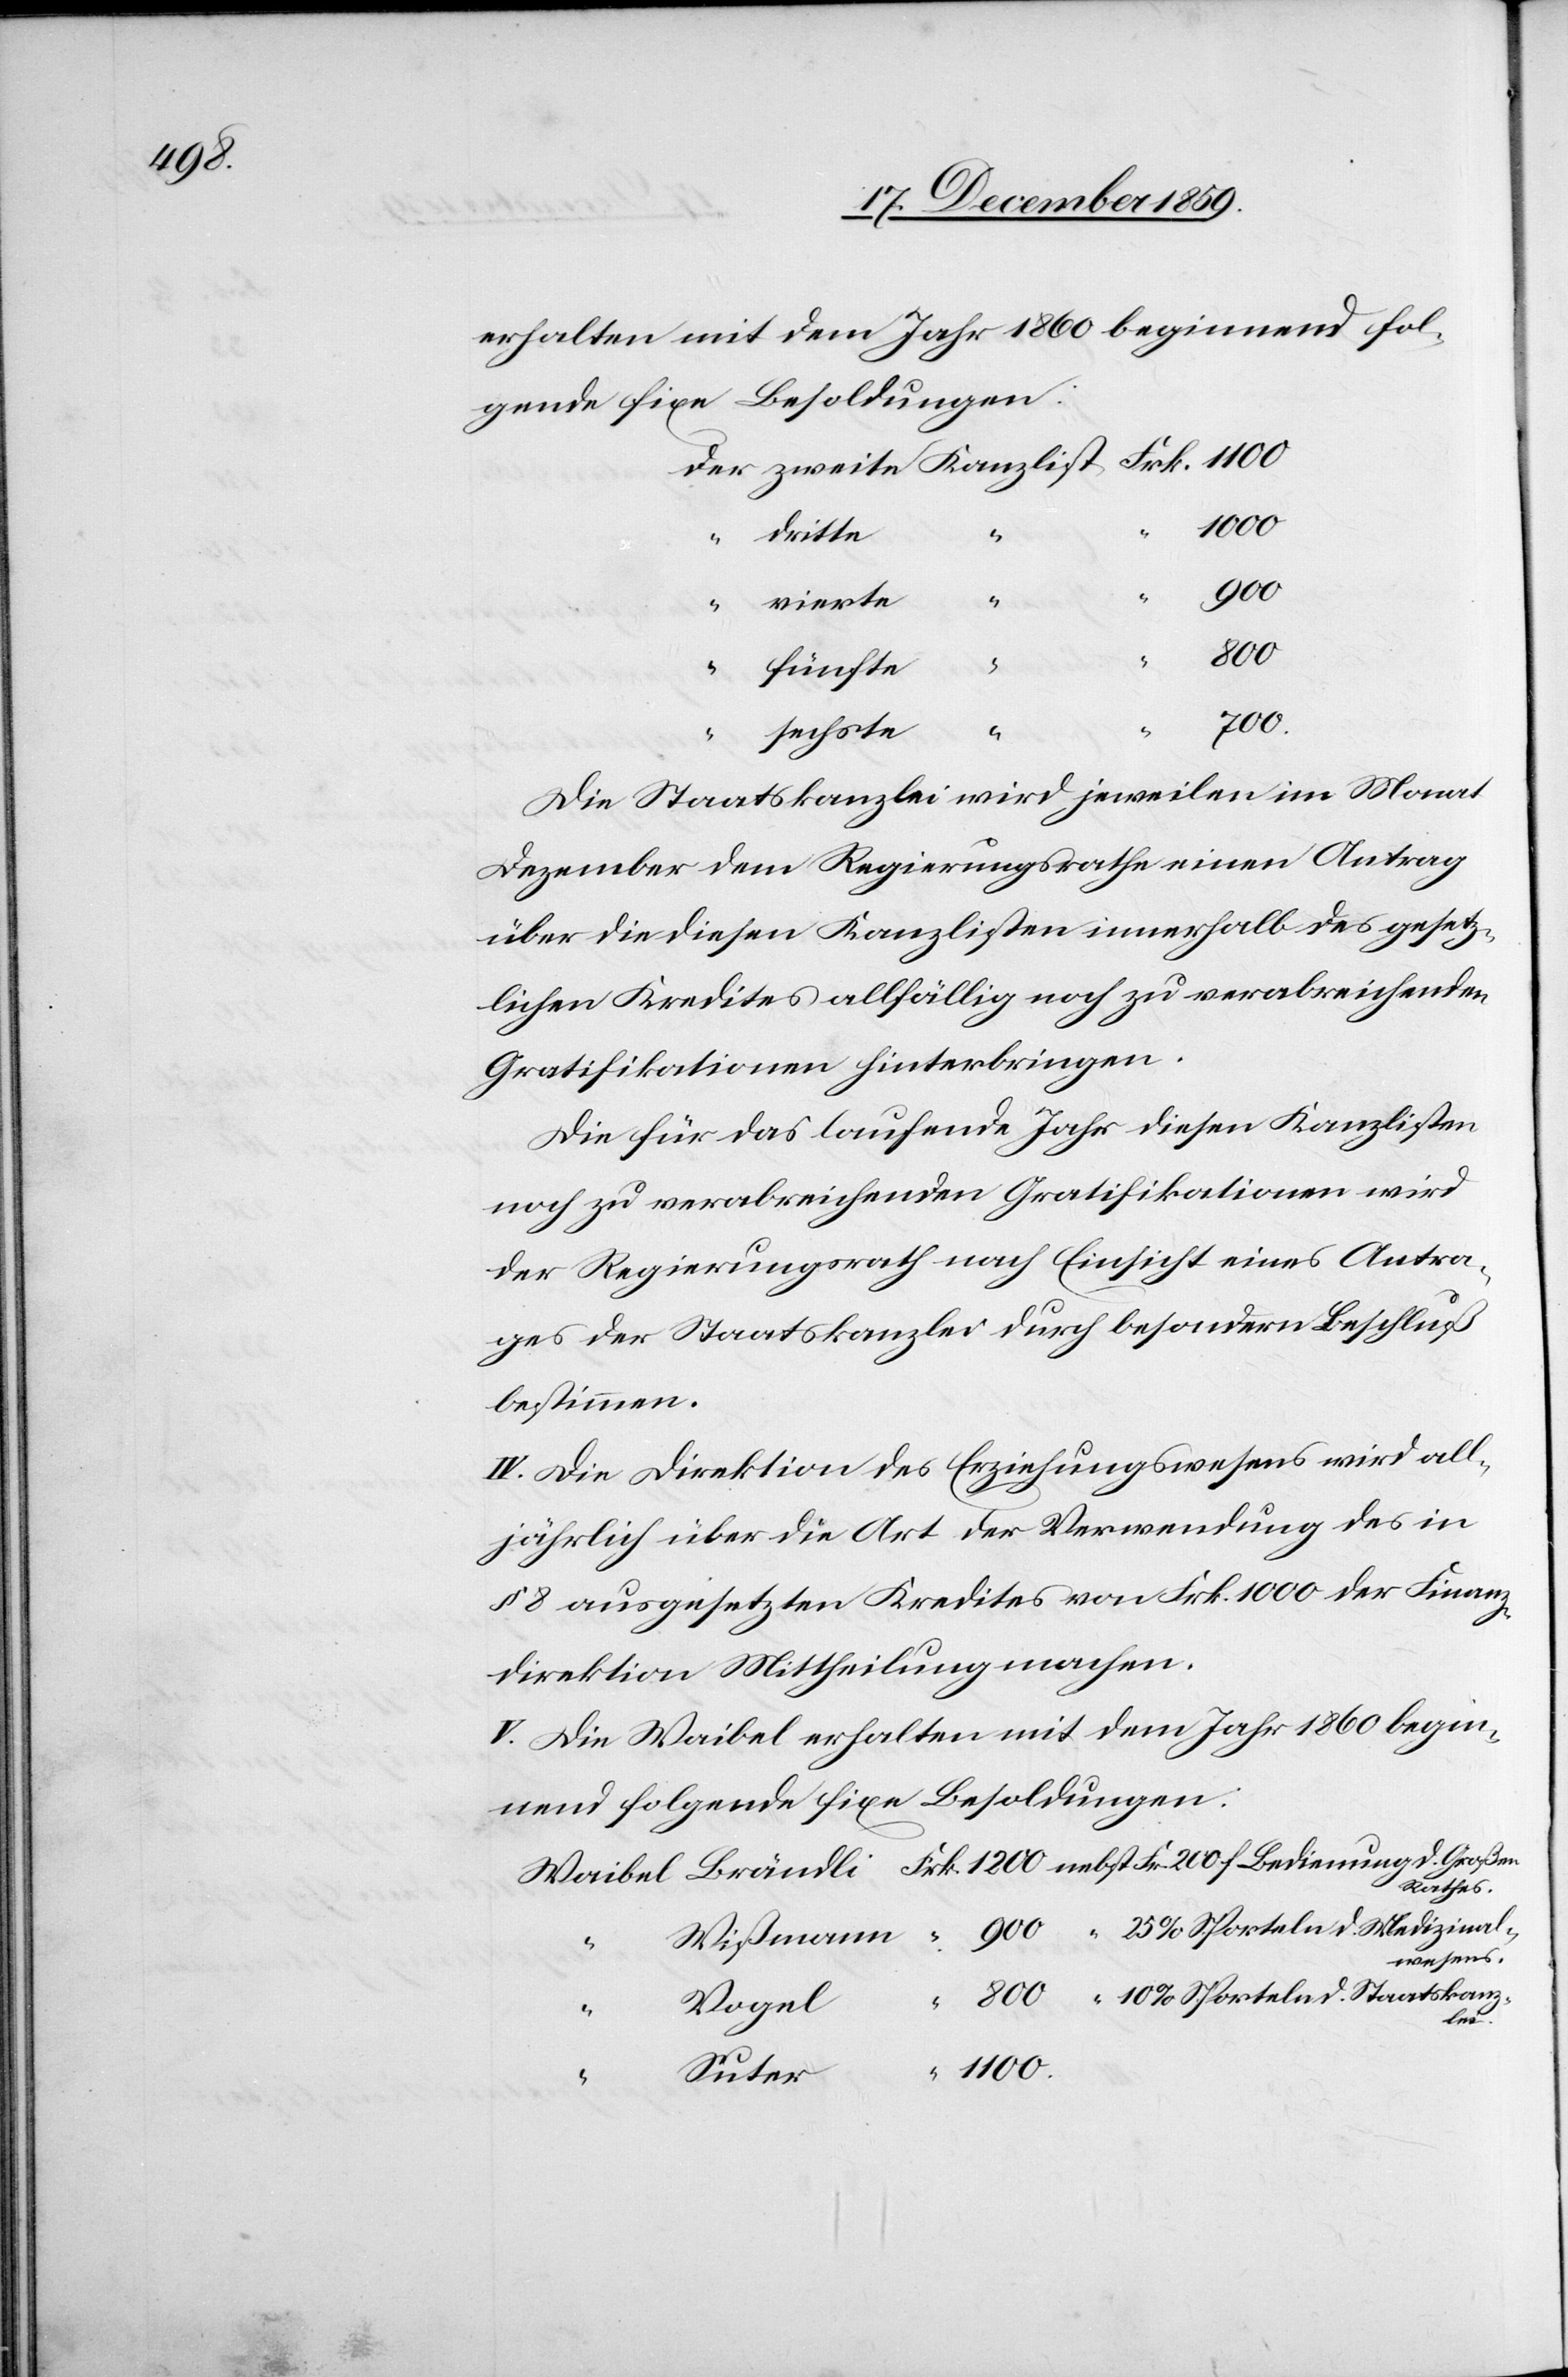
erhalten mit dem Jahr 1860 beginnend fol¬
gende fixe Besoldungen:
dritte
d.
Me¬
800
“
fünfte
“
1100.
d.
sechste
Die Staatskanzlei wird jeweilen im Monat
Dezember dem Regierungsrathe einen Antrag
über die diesen Kanzlisten innerhalb des gesetz¬
lichen Kredites allfällig noch zu verabreichenden
Gratifikationen hinterbringen.
Die für das laufende Jahr diesen Kanzlisten
noch zu verabreichenden Gratifikationen wird
der Regierungsrath nach Einsicht eines Antra¬
ges der Staatskanzlei durch besondern Beschluß
bestimmen.
IV. Die Direktion des Erziehungswesens wird all¬
jährlich über die Art der Verwendung des in
§ 8 ausgesetzten Kredites von Frk. 1000 der Finanz¬
direktion Mittheilung machen.
V. Die Waibel erhalten mit dem Jahr 1860 begin¬
nend folgende fixen Besoldungen:
Rathes
wesens.
Vogel
dizinal¬
Suter